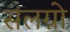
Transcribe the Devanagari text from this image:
संलग्नो